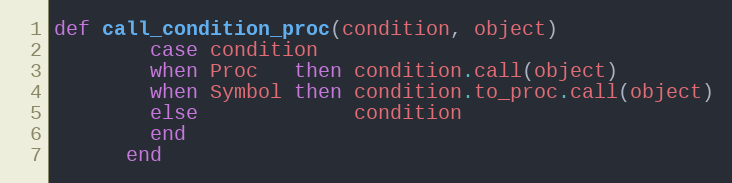
Language: Ruby
def call_condition_proc(condition, object)
        case condition
        when Proc   then condition.call(object)
        when Symbol then condition.to_proc.call(object)
        else             condition
        end
      end